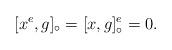
LaTeX: \begin{align*}[x^e,g]_{\circ} = [x,g]_{\circ}^e = 0.\end{align*}